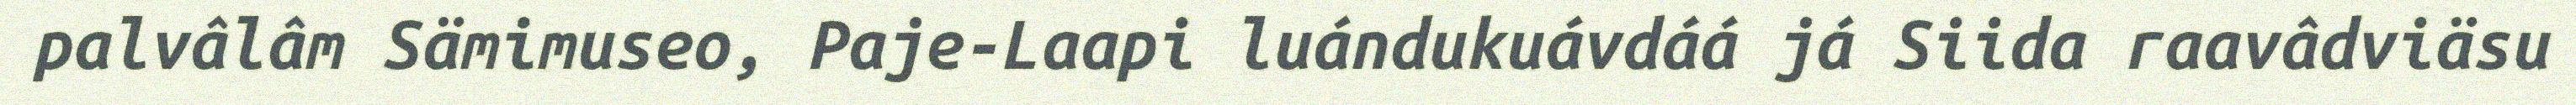
palvâlâm Sämimuseo, Paje-Laapi luándukuávdáá já Siida raavâdviäsu